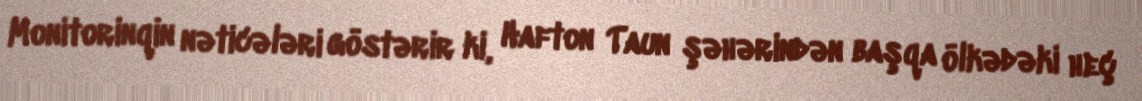
Monitorinqin nəticələri göstərir ki, Hafton Taun şəhərindən başqa ölkədəki heç